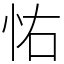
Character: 㤑